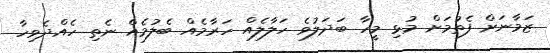
ޒަމާނަށް ފެތުމަށް މުޅި މީހާ ބަދަލުވެ ހަލާލެއް ހަރާމެއް ބެލުމެއް ނެތި ހެއްދެވިހާ